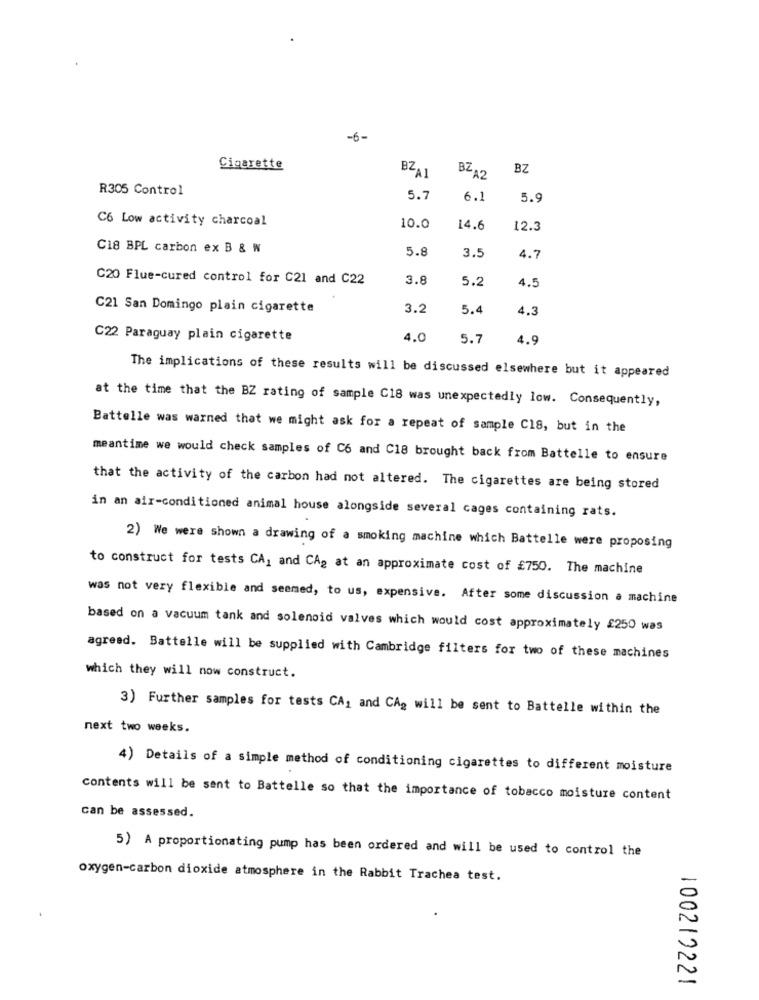
-6-
Cigarette
BZ
BZ A1
BZ A2
R305 Control
5.7
6.1
5.9
C6 Low activity charcoal
10.0
14.6
12.3
C18 BPL carbon ex B & W
5.8
3.5
4.7
C20 Flue-cured control for C21 and C22
3.8
5.2
4.5
C21 San Domingo plain cigarette
3.2
5.4
4.3
C22 Paraguay plain cigarette
4.0
5.7
4.9
The implications of these results will be discussed elsewhere but it appeared
at the time that the BZ rating of sample C18 was unexpectedly low. Consequently,
Battelle was warned that we might ask for a repeat of sample C18, but in the
meantime we would check samples of C6 and C18 brought back from Battelle to ensure
that the activity of the carbon had not altered. The cigarettes are being stored
in an air-conditioned animal house alongside several cages containing rats.
2) We were shown a drawing of a smoking machine which Battelle were proposing
to construct for tests CA, and CAg at an approximate cost of £750. The machine
was not very flexible and seemed, to us, expensive. After some discussion a machine
based on a vacuum tank and solenoid valves which would cost approximately £250 was
agreed. Battelle will be supplied with Cambridge filters for two of these machines
which they will now construct.
3) Further samples for tests CA, and CAg will be sent to Battelle within the
next two weeks.
4) Details of a simple method of conditioning cigarettes to different moisture
contents will be sent to Battelle so that the importance of tobacco moisture content
can be assessed.
5) A proportionating pump has been ordered and will be used to control the
oxygen-carbon dioxide atmosphere in the Rabbit Trachea test.
100219221